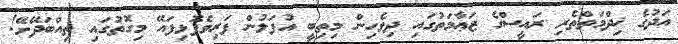
އަދުގެ ޚިދްމަތްތެރި ރައީސްގެ ޒަޢާމަތުގައި ދިވެހިން މިތިބީ އުފަލުން ފަރިވެފޮޅިފައޭ މިގޮތުގައި ތިއްބަދޭށޭ!